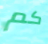
كم